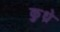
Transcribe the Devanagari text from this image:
कुध्रे